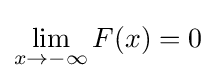
\lim _{x\to -\infty }F(x)=0